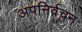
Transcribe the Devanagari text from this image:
अपनिर्वचन